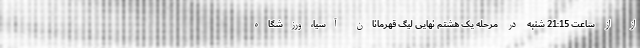
از از ساعت 21:15 شنبه در مرحله یک هشتم نهایی لیگ قهرمانان آسیا،ورزشگاه